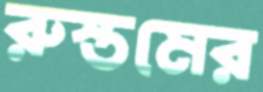
রুস্তমের